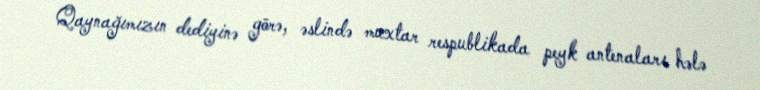
Qaynağımızın dediyinə görə, əslində muxtar respublikada peyk antenaları hələ